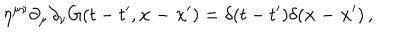
\eta ^ { \mu \nu } \partial _ { \mu } \partial _ { \nu } G ( t - t ^ { \prime } , { \bf x - x ^ { \prime } } ) = \delta ( t - t ^ { \prime } ) \delta ( { \bf x - x ^ { \prime } } ) \, ,